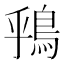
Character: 𫚶